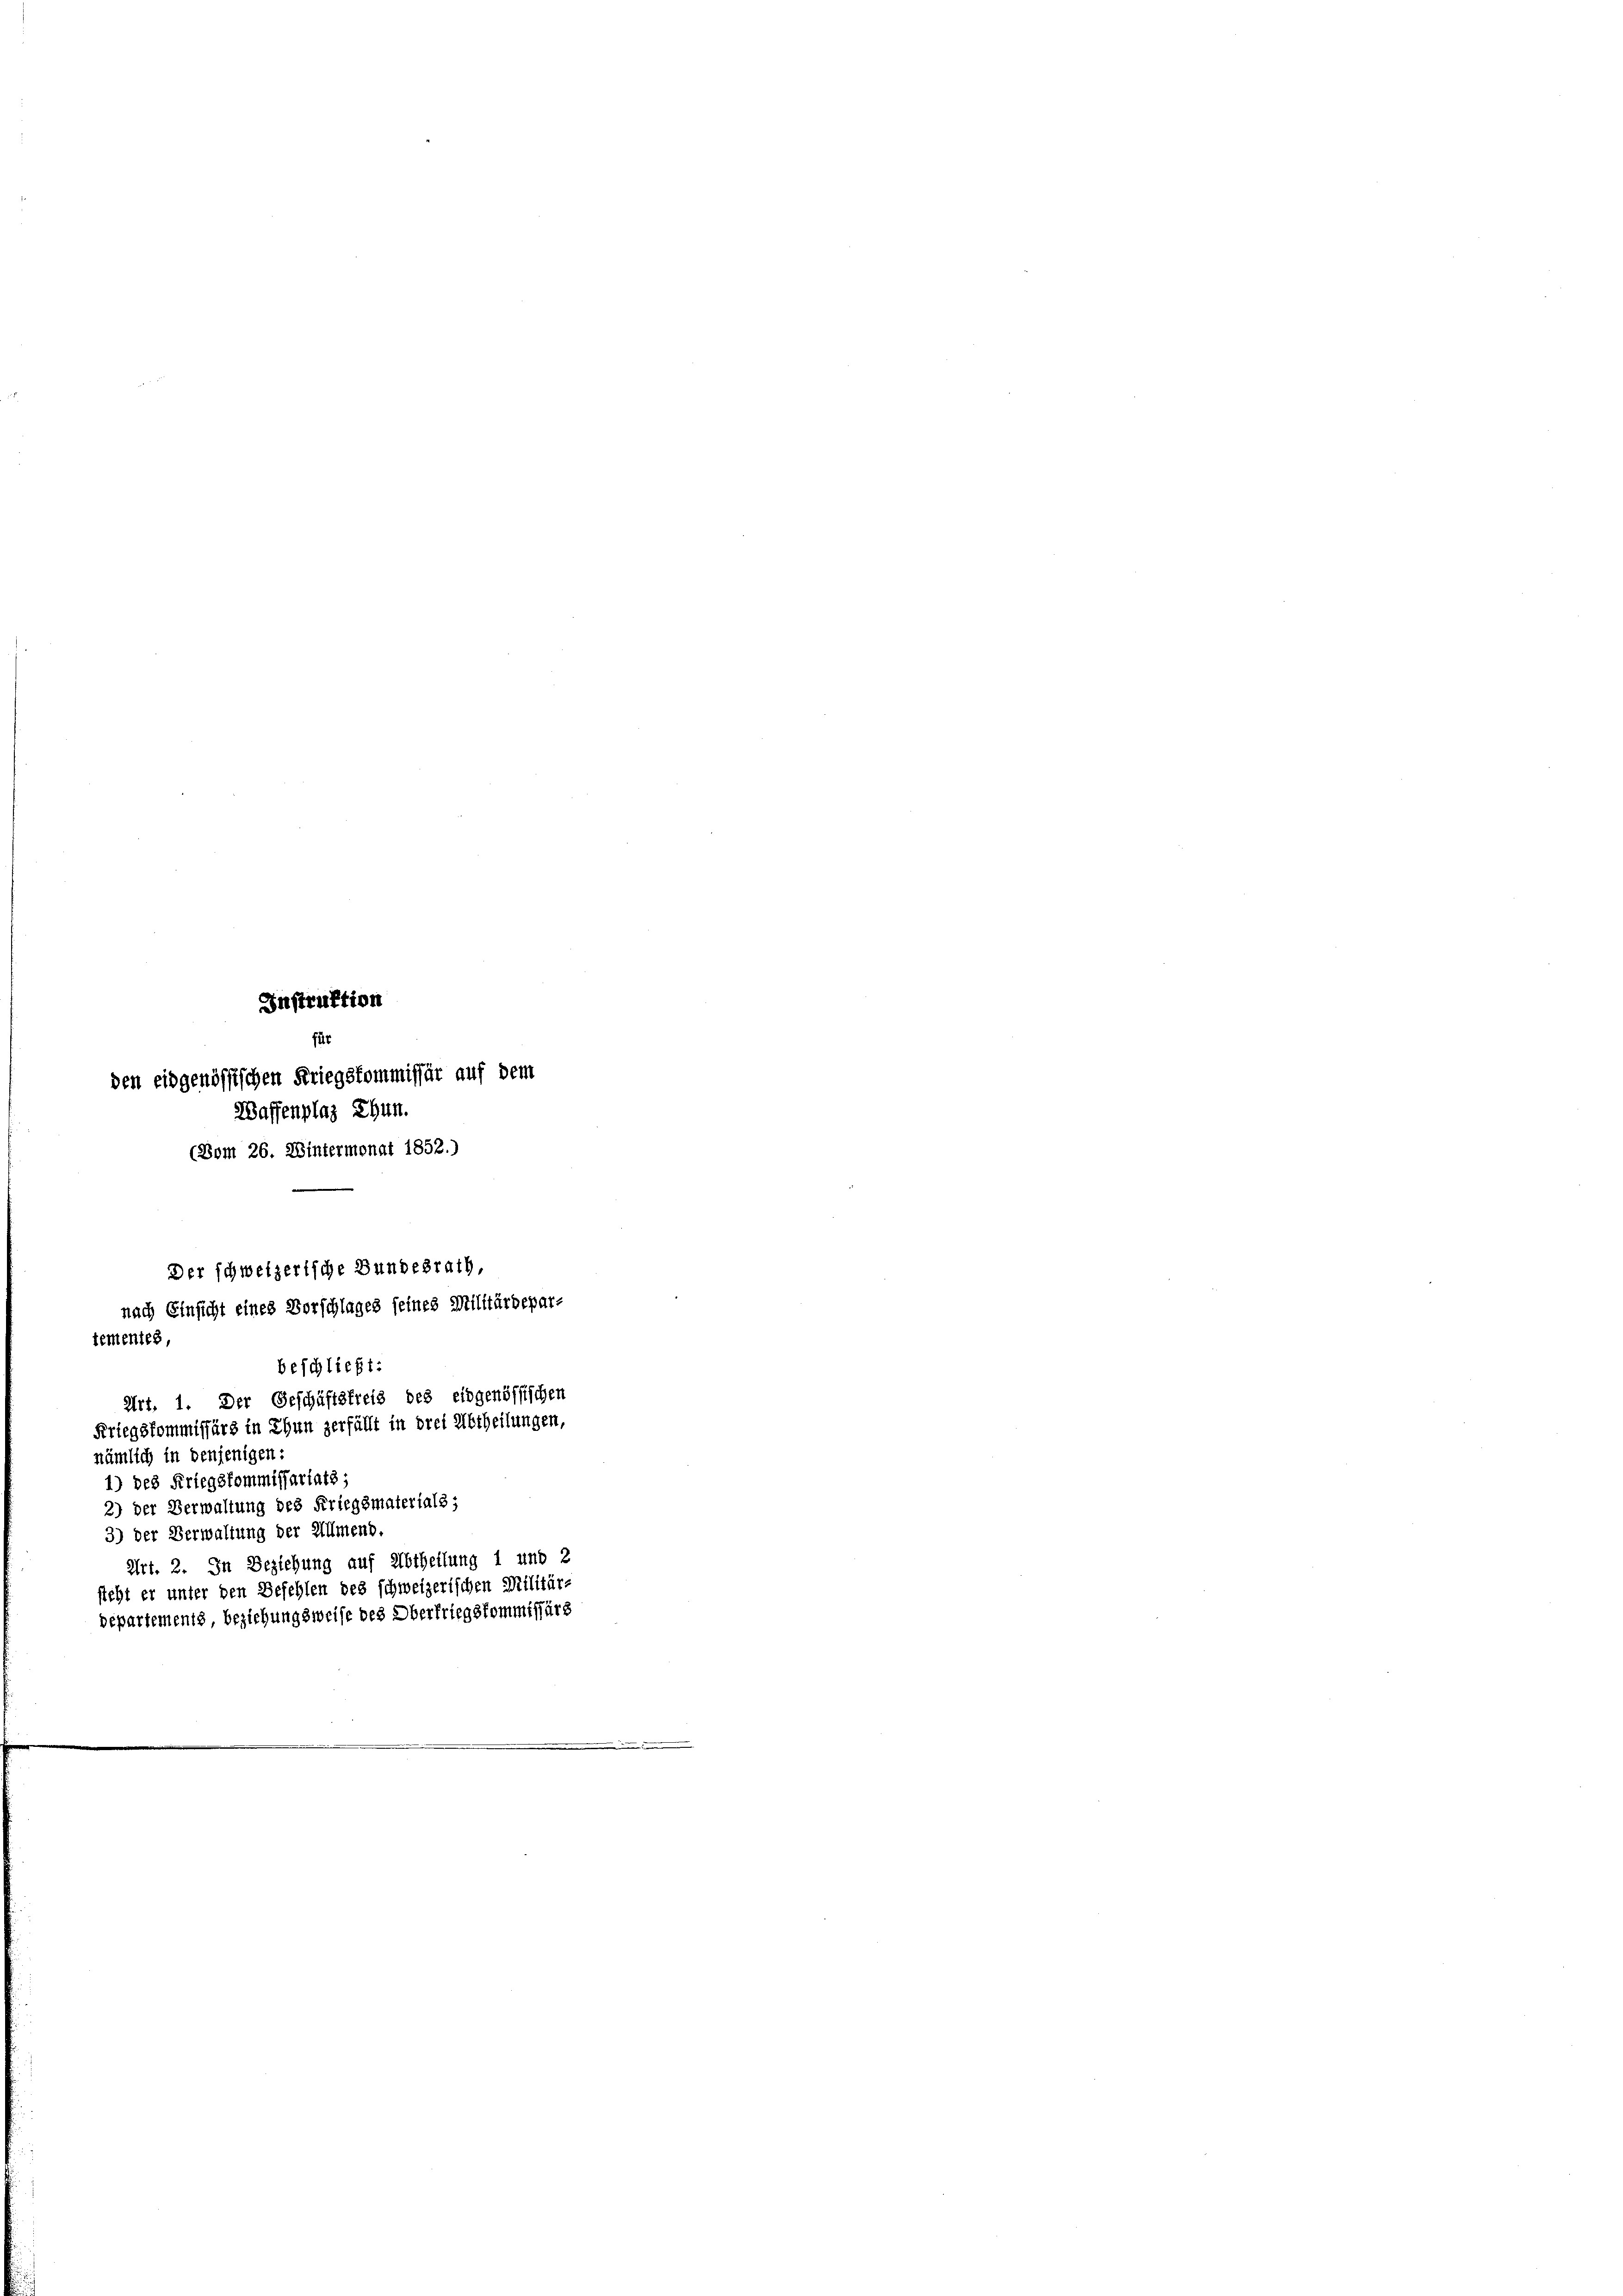
Instruktion
e
für
den eidgenössischen Kriegskommissär auf dem
Waffenplaz Thun.
(Bom 26. Wintermonat 1852.)

Der schweizerische Bundesrath,
nach Einsicht eines Vorschlages seines Militärdepar-
tementes,
beschließt:

nämlich in denjenigen:

Art. 1. Der Geschäftsfreis des eidgenössischen
1) des Kriegskommissariats;
2) der Verwaltung des Kriegsmaterials;
3) der Verwaltung der Allmend.
Art. 2. In Beziehung auf Abtheilung 1 und 2
sieht er unter den Befehlen des schweizerischen Militärs
departements, beziehungsweise des Oberfriegskommissärs

Kriegskommissärs in Thun zerfällt in drei Abtheilungen,